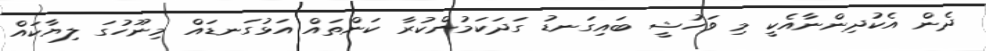
ދެން އެކުދިންނާއެކީ މި ވަހުޝީ ބައިގަނޑު ގަދަކަމުންކުރާ ކަންތައް އަޅުގަނޑައް މިނޫހުގަ ލިޔާކައް